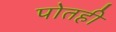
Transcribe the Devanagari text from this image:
पोतही